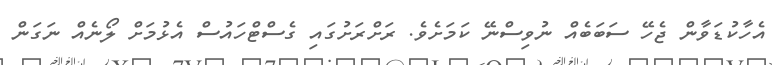
އެހާކުޑަވާން ޖެހޭ ސަބަބެއް ނުވިސްނޭ ކަމަށެވެ. ރަށްރަށުގައި ގެސްޓްހައުސް އެޅުމަށް ލޯނެއް ނަގަން